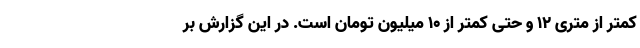
کمتر از متری ۱۲ و حتی کمتر از ۱۰ میلیون تومان است. در این گزارش بر